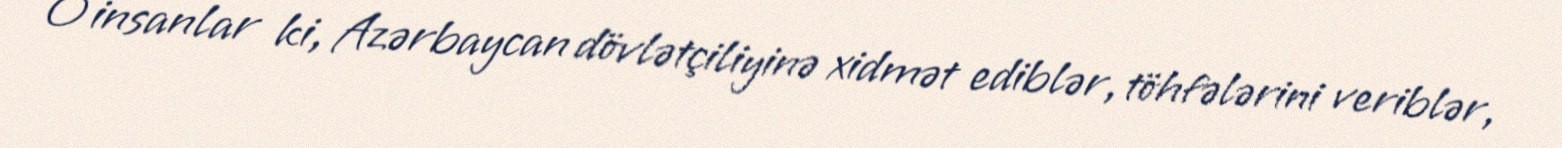
O insanlar ki, Azərbaycan dövlətçiliyinə xidmət ediblər, töhfələrini veriblər,